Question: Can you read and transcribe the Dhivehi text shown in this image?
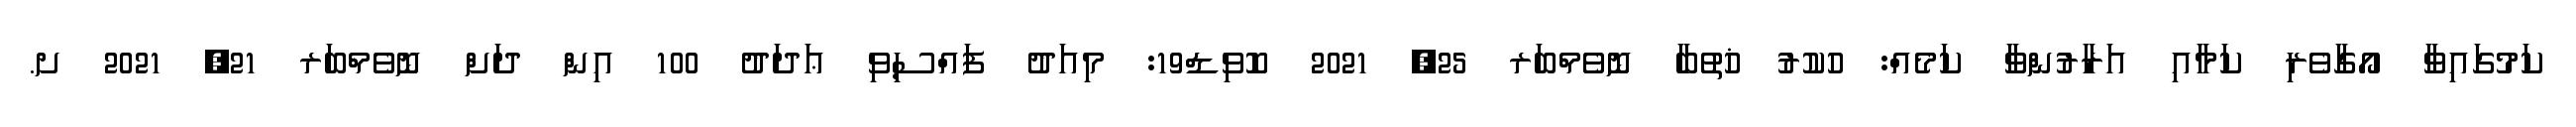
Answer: ކަމުގައިވާ އޯގާވެރި ކަމާއި އަރާރުންވާ ކަމެއް: ހުކުރު ޚުތުބާ ނޮވެމްބަރ 25, 2021 ކޮވިޑް19: މިއަދު ފައްސިވި ޢަދަދު 100 އިން ދަށް ނޮވެމްބަރ 21, 2021 ށ.